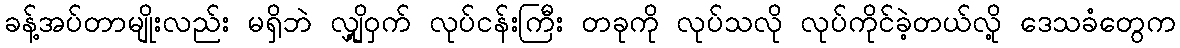
ခန့်အပ်တာမျိုးလည်း မရှိဘဲ လျှို့ဝှက် လုပ်ငန်းကြီး တခုကို လုပ်သလို လုပ်ကိုင်ခဲ့တယ်လို့ ဒေသခံတွေက